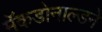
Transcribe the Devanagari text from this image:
मॅकडोनाल्डने